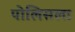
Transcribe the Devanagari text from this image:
पोलिसला